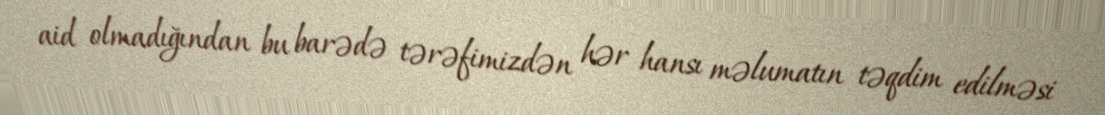
aid olmadığından bu barədə tərəfimizdən hər hansı məlumatın təqdim edilməsi